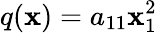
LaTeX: q(\mathbf{x})=a_{11}\mathbf{x}_{1}^{2}